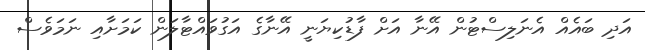
އަދި ބައެއް އެނަލިސްޓުން އޭނާ އަށް ފާޑުކިޔަނީ އޭނާގެ އަގުވައްޓާލަން ކަމަށާއި ނަމަވެސް